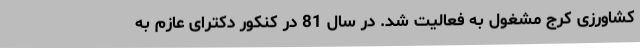
کشاورزی کرج مشغول به فعالیت شد. در سال 81 در کنکور دکترای عازم به